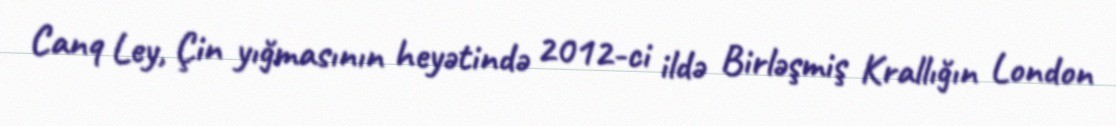
Canq Ley, Çin yığmasının heyətində 2012-ci ildə Birləşmiş Krallığın London